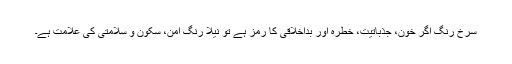
سرخ رنگ اگر خون، جذباتیت، خطرہ اور بداخلاقی کا رمز ہے تو نیلا رنگ امن، سکون و سلامتی کی علامت ہے۔